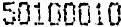
50100010